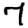
Digit: 7